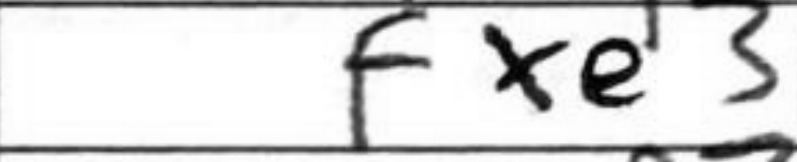
Transcription: fxe3